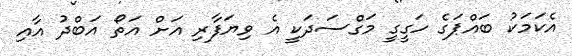
އެކަމަކު ބައްޕަގެ ހަގީގީ މަގްސަދަކީ އެ ވިޔަފާރި އަށް އަތޯ އަބްދު އާއި